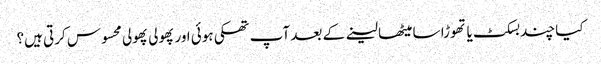
کیا چند بسکٹ یا تھوڑا سا میٹھا لینے کے بعد آپ تھکی ہوئی اور پھولی پھولی محسوس کرتی ہیں؟